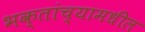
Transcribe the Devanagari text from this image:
भक्तांच्यामधील